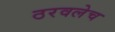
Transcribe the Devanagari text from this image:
ठरवलेच